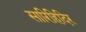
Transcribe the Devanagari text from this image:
सारिहिदिर